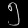
Digit: ၅